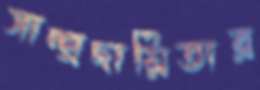
সাম্প্রদায়িতার